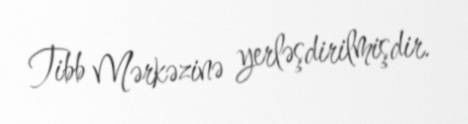
Tibb Mərkəzinə yerləşdirilmişdir.